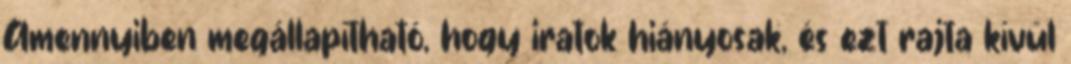
Amennyiben megállapítható, hogy iratok hiányosak, és ezt rajta kívül